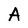
Character: A